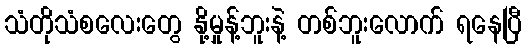
သံတိုသံစလေးတွေ နို့မှုန့်ဘူးနဲ့ တစ်ဘူးလောက် ရနေပြီ